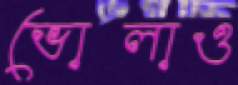
ভোলাও